Distribution and causation of leprosy in British India
Year: 1875
Disease focus: Leprosy
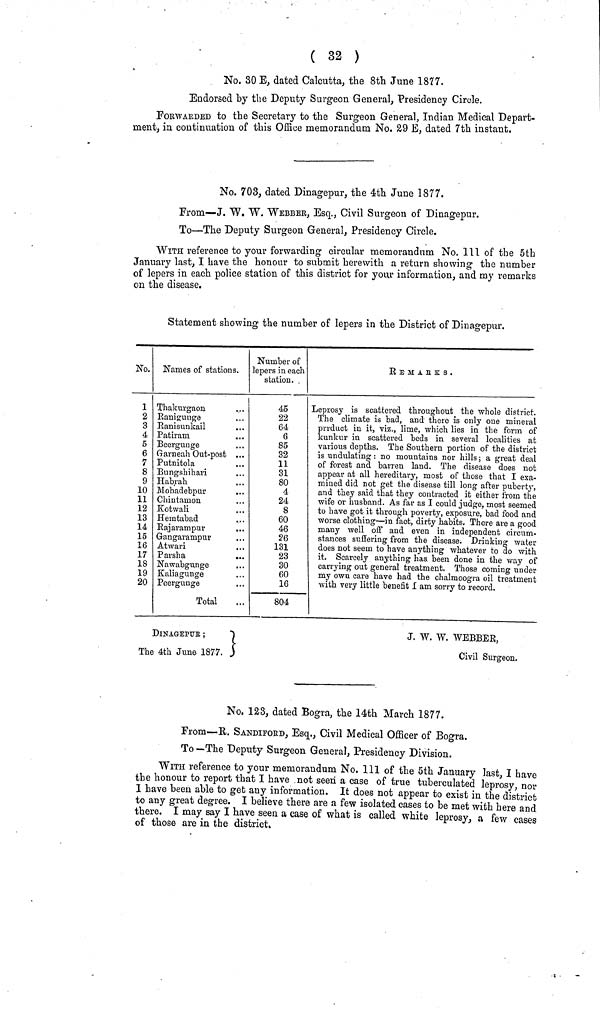
( 32 )
No. 30 E, dated Calcutta, the 8th June 1877.
Endorsed by the Deputy Surgeon General, Presidency Circle.
FORWARDED to the Secretary to the Surgeon General, Indian Medical Depart-
ment, in continuation of this Office memorandum No. 29 E, dated 7th instant.
No. 703, dated Dinagepur, the 4th June 1877.
From—J. W. W. WEBBER, Esq., Civil Surgeon of Dinagepur.
To—The Deputy Surgeon General, Presidency Circle.
WITH reference to your forwarding circular memorandum No. 311 of the 5th
January last, I have the honour to submit herewith a return showing the number
of lepers in each police station of this district for your information, and my remarks
on the disease.
Statement showing the number of lepers in the District of Dinagepur.
No.
1
2
3
4
5
6
7
8
9
10
11
12
13
14
15
16
17
18
19
20
Names of stations.
Thakurgaon.
Ranigunge
Ranisunkail
Patiram
Beergunge
Garneah Out-post ...
Putnitola
Bungshihari
Habrah
Mohadebpur
Chintamon
Kotwali
Hemtabad
Rajarampur
Gangarampur
Atwari
Parsha
...
Nawabgunge
Kaliagunge
Peergunge
Total
Number of
lepers in each
station.
45
22
64
6
85
32
11
31
80
4
24
8
60
46
26
131
23
30
60
16
804
R Ε Κ Α Ε Κ S .
Leprosy is scattered throughout the whole district.
The climate is bad, and there is only one mineral
product in it, viz., lime, which lies in the form of
kunkur in scattered beds in several localities at
various depths. The Southern portion of the district
is undulating : no mountains nor hills ; a great deal
of forest and barren land. The disease does not
appear at all hereditary, most of those that I exa-
mined did not get the disease till long after puberty,,
and they said that they contracted it either from the
wife or husband. As far as I could judge, most seemed
to have got it through poverty, exposure, bad food and
worse clothing — in fact, dirty habits. There are a good
many well off and even in independent circum-
stances suffering from the disease. Drinking water
does not seem to have anything whatever to do with
it. Scarcely anything has been done in the way of
carrying out general treatment. Those coming under
my own care have had the chalmoogra oil treatment
with very little benefit I am sorry to record.
Dinagepur
J. W. W. WEBBER,
The 4th June 1877.
Civil Surgeon.
No. 123, dated Bogra, the 14th March 1877.
From—R. SANDIFORD, Esq., Civil Medical Officer of Bogra.
To —The Deputy Surgeon General, Presidency Division.
WITH reference to your memorandum No. 111 of the 5th January last, I have
the honour to report that I have not seen a case of true tuberculated leprosy, nor
I have been able to get any information. It does not appear to exist in the district
to any great degree. I believe there are a few isolated cases to be met with here and
there. I may say I have seen a ease of what is called white leprosy, a few cases
of those are in the district.